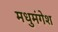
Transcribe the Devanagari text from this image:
मधुमंगेश